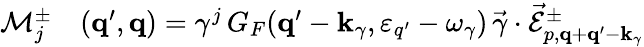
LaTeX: \begin{array}{rl}{\mathcal{M}_{j}^{\pm}}&{{}({\mathbf q}^{\prime},{\mathbf q})=\gamma^{j}\, G_{F}({\mathbf q}^{\prime}-{\mathbf k}_{\gamma},\varepsilon_{q^{\prime}}-\omega_{\gamma})\, \vec{\gamma}\cdot\vec{\mathcal{E}}_{p,{\mathbf q}+{\mathbf q}^{\prime}-{\mathbf k}_{\gamma}}^{\pm}}\end{array}